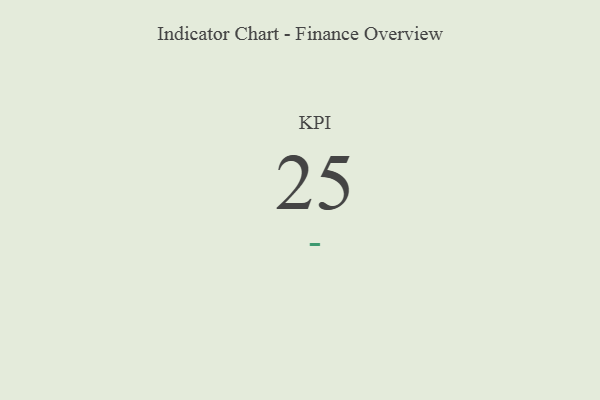
{"axis": {"x": "KPI", "y": "Value"}, "legend": [""], "data": [{"x": "KPI", "y": 25, "type": ""}]}